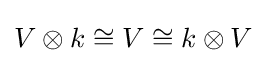
V\otimes k\cong V\cong k\otimes V